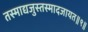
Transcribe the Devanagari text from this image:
तस्माद्यजुस्तस्मादजायत॥९॥